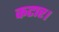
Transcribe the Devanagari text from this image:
कटार।